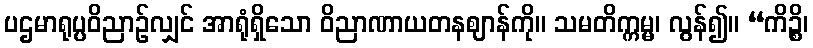
ပဌမာရုပ္ပဝိညာဉ်လျှင် အာရုံရှိသော ဝိညာဏာယတနဈာန်ကို။ သမတိက္ကမ္မ၊ လွန်၍။ “ကိဉ္စိ၊